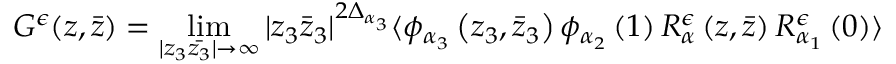
G ^ { \epsilon } ( z , \bar { z } ) = \operatorname * { l i m } _ { | z _ { 3 } \bar { z _ { 3 } } | \rightarrow \infty } | z _ { 3 } \bar { z } _ { 3 } | ^ { 2 \Delta _ { \alpha _ { 3 } } } \langle \phi _ { \alpha _ { 3 } } \left( z _ { 3 } , \bar { z } _ { 3 } \right) \phi _ { \alpha _ { 2 } } \left( 1 \right) R _ { \alpha } ^ { \epsilon } \left( z , \bar { z } \right) R _ { \alpha _ { 1 } } ^ { \epsilon } \left( 0 \right) \rangle